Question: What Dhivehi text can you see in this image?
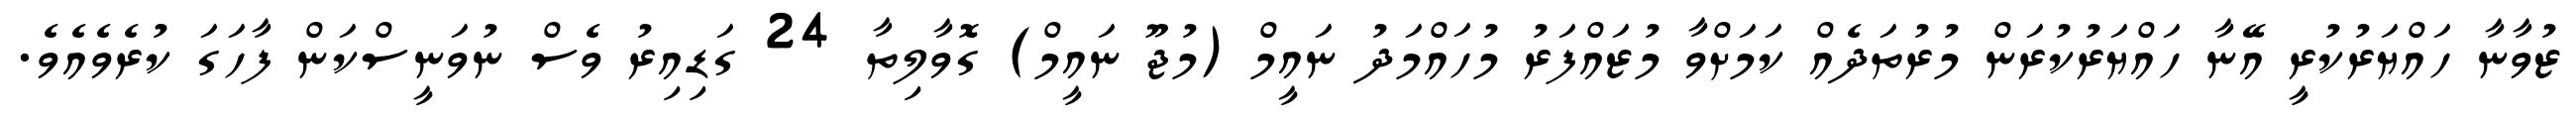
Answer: ޒުވާނާ ހައްޔަރުކުރީ އޭނާ ހައްޔަރުކުރަން މުރުތަދެއް ކަމަށްވާ މުޒައްފަރު މުހައްމަދު ނައީމް (މުޖޫ ނައީމް) ގޮވާލިތާ 24 ގަޑިއިރު ވެސް ނުވަނީސްކަން ފާހަގަ ކުރެވެއެވެ.